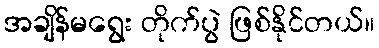
အချိန်မရွေး တိုက်ပွဲ ဖြစ်နိုင်တယ်။